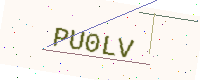
Text: PU0LV